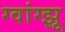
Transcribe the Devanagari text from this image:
ग्वांग्झू